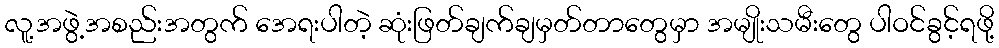
လူ့အဖွဲ့အစည်းအတွက် အေရးပါတဲ့ ဆုံးဖြတ်ချက်ချမှတ်တာတွေမှာ အမျိုးသမီးတွေ ပါဝင်ခွင့်ရဖို့